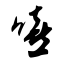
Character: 嘻